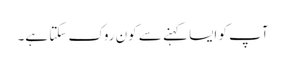
آپ کو ایسا کہنے سے کون روک سکتا ہے۔